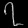
Digit: ၇